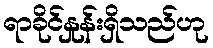
ရာခိုင်နှုန်းရှိသည်ဟု